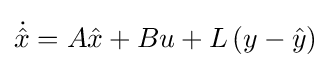
{\dot {\hat {x}}}=A{\hat {x}}+Bu+L\left(y-{\hat {y}}\right)